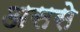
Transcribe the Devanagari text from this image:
अससे